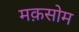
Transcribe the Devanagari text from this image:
मक़सोम